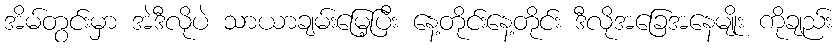
အိမ်တွင်းမှာ အဲဒီလိုပဲ သာယာချမ်းမြေ့ပြီး နေ့တိုင်းနေ့တိုင်း ဒီလိုအခြေအနေမျိုး ကိုချည်း